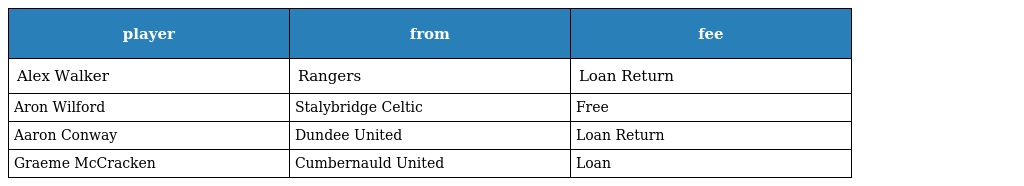
| player | from | fee |
 | --- | --- | --- |
 | Alex Walker | Rangers | Loan Return |
 | Aron Wilford | Stalybridge Celtic | Free |
 | Aaron Conway | Dundee United | Loan Return |
 | Graeme McCracken | Cumbernauld United | Loan |